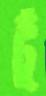
টুঁ